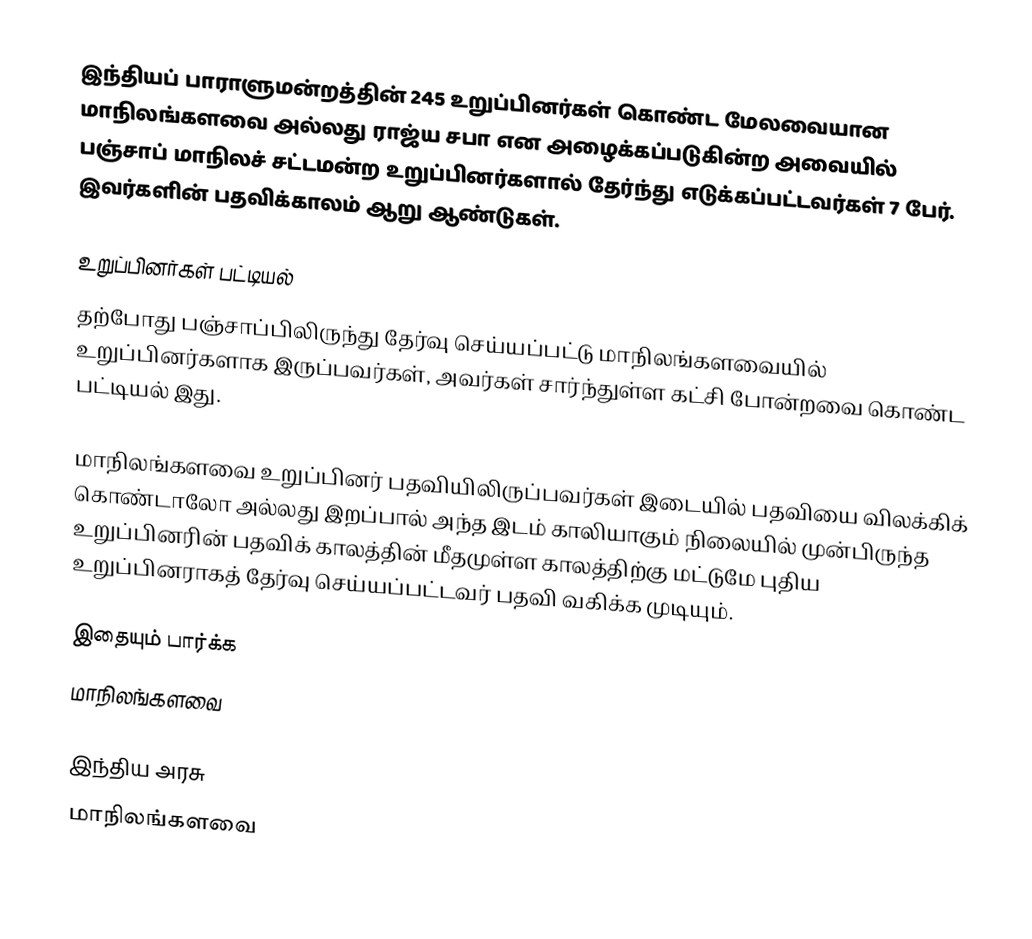
இந்தியப் பாராளுமன்றத்தின் 245 உறுப்பினர்கள் கொண்ட மேலவையான மாநிலங்களவை அல்லது ராஜ்ய சபா  என அழைக்கப்படுகின்ற அவையில் பஞ்சாப் மாநிலச் சட்டமன்ற உறுப்பினர்களால் தேர்ந்து எடுக்கப்பட்டவர்கள் 7 பேர். இவர்களின் பதவிக்காலம் ஆறு ஆண்டுகள்.

உறுப்பினர்கள் பட்டியல்
தற்போது பஞ்சாப்பிலிருந்து தேர்வு செய்யப்பட்டு மாநிலங்களவையில் உறுப்பினர்களாக இருப்பவர்கள், அவர்கள் சார்ந்துள்ள கட்சி போன்றவை கொண்ட பட்டியல் இது.

 மாநிலங்களவை உறுப்பினர் பதவியிலிருப்பவர்கள் இடையில் பதவியை விலக்கிக் கொண்டாலோ அல்லது இறப்பால் அந்த இடம் காலியாகும் நிலையில் முன்பிருந்த உறுப்பினரின் பதவிக் காலத்தின் மீதமுள்ள காலத்திற்கு மட்டுமே புதிய உறுப்பினராகத் தேர்வு செய்யப்பட்டவர் பதவி வகிக்க முடியும்.

இதையும் பார்க்க
மாநிலங்களவை

இந்திய அரசு
மாநிலங்களவை